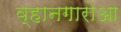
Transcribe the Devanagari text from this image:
व्हानगारोआ